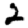
Digit: 2